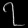
Digit: ၇